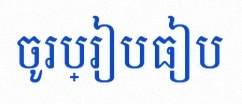
ចូរប្រៀបធៀប